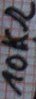
Text: 10KΩ